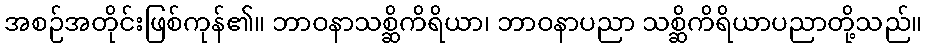
အစဉ်အတိုင်းဖြစ်ကုန်၏။ ဘာဝနာသစ္ဆိကိရိယာ၊ ဘာဝနာပညာ သစ္ဆိကိရိယာပညာတို့သည်။